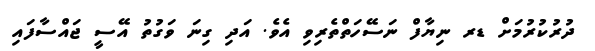
ދުރުކުރުމަށް ޑރ ނިޔާފް ނަސޭހަތްތެރިވި އެވެ. އަދި ގިނަ ވަގުތު އޭސީ ޖައްސާފައި